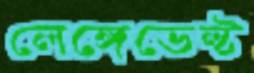
লেঙ্গেভেল্ট